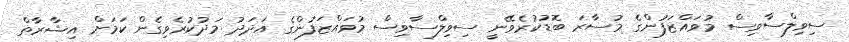
ސިވިލްސާވިސް މުވައްޒަފުންގެ މުސާރަ ބޮޑުކުރެވޭނީ ސިވިލްސާވިސް މުވައްޒަފުންގެ އަދަދު މަދުކުރެވިގެން ކަމަށް އިޝާރާތް